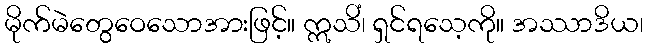
မိုက်မဲတွေဝေသောအားဖြင့်။ ဣသိံ၊ ရှင်ရသေ့ကို။ အဿာဒိယ၊